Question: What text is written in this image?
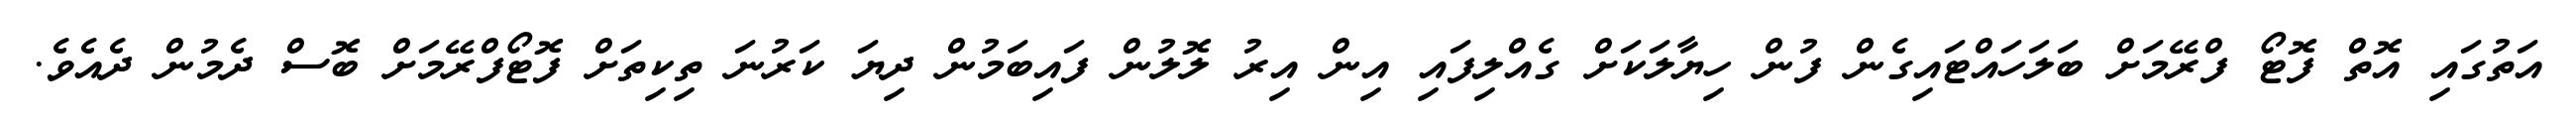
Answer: އަތުގައި އޮތް ފޮޓޯ ފްރޭމަށް ބަލަހައްޓައިގެން ފުން ހިޔާލަކަށް ގެއްލިފައި އިން އިރު ލޮލުން ފައިބަމުން ދިޔަ ކަރުނަ ތިކިތަށް ފޮޓޯފްރޭމަށް ބޮސް ދެމުން ދެއެވެ.